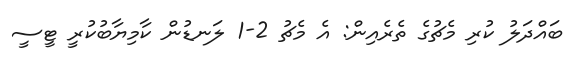
ބައްދަލު ކުރި މެޗުގެ ތެރެއިން: އެ މެޗު 2-1 ލަނޑުން ކާމިޔާބުކުރީ ޓީސީ